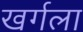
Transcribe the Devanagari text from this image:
खर्गला